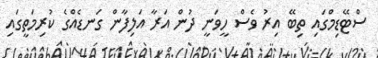
ސްޓޭޑިމްގައި ތިބޭ އިރު ވެސް ހީވަނީ ދުން އަރާ އަލިފާން ގަނޑެއްގެ ކުރިމަތީގައި